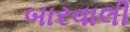
બારવાલી